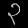
Digit: ၃